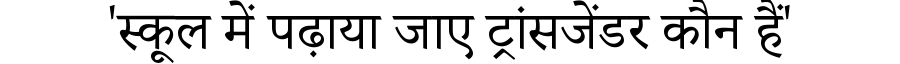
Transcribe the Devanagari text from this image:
'स्कूल में पढ़ाया जाए ट्रांसजेंडर कौन हैं'